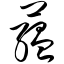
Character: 蕴